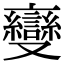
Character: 𬽠